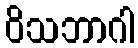
ဝိသဘာဂါ